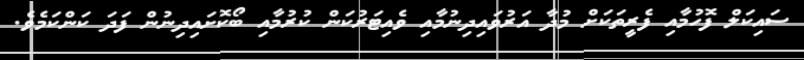
ސައިކަލް ފޮހުމާއި ފެރީތަކަށް މުދާ އަރުވައިދިނުމާއި ވެއިޓަރުކަން ކުރުމާއި ބޯކޮށައިދިނުން ފަދަ ކަންކަމެވެ.